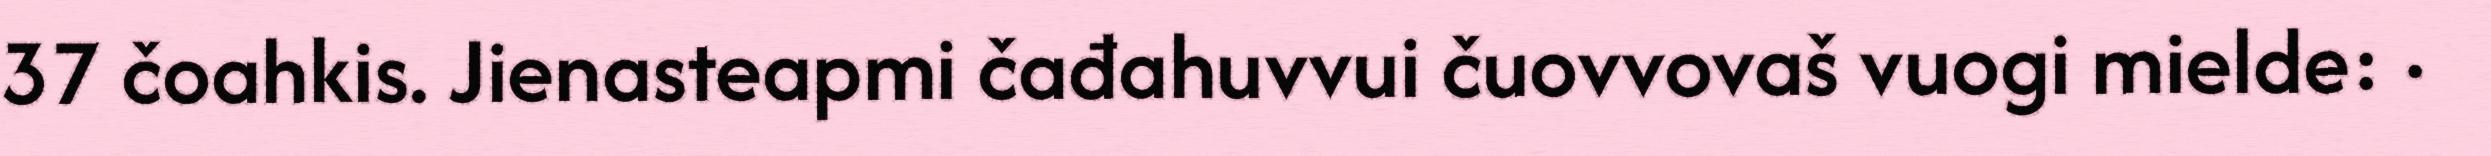
37 čoahkis. Jienasteapmi čađahuvvui čuovvovaš vuogi mielde: ·